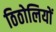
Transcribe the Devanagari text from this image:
ठिठोलियों